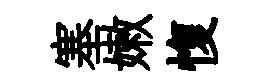
塞嫩愎